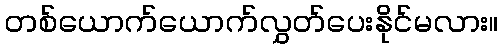
တစ်ယောက်ယောက်လွှတ်ပေးနိုင်မလား။